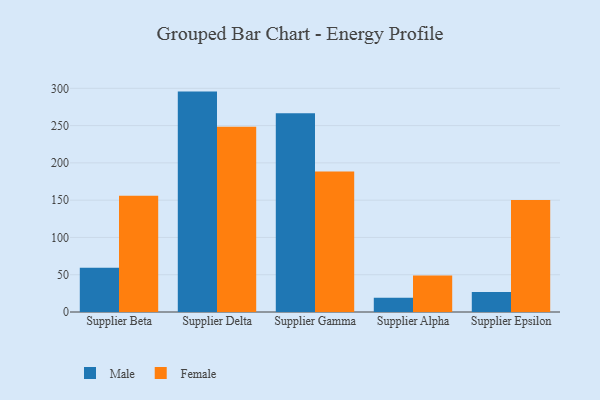
{"axis": {"x": "Supplier", "y": "Conversion Rate (%)"}, "legend": ["Female", "Male"], "data": [{"x": "Supplier Beta", "y": 59.2, "type": "Male"}, {"x": "Supplier Beta", "y": 155.9, "type": "Female"}, {"x": "Supplier Delta", "y": 295.6, "type": "Male"}, {"x": "Supplier Delta", "y": 248.4, "type": "Female"}, {"x": "Supplier Gamma", "y": 266.6, "type": "Male"}, {"x": "Supplier Gamma", "y": 188.6, "type": "Female"}, {"x": "Supplier Alpha", "y": 19.0, "type": "Male"}, {"x": "Supplier Alpha", "y": 49.1, "type": "Female"}, {"x": "Supplier Epsilon", "y": 26.9, "type": "Male"}, {"x": "Supplier Epsilon", "y": 150.2, "type": "Female"}]}